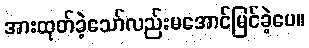
အားထုတ်ခဲ့သော်လည်းမအောင်မြင်ခဲ့ပေ။